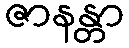
ဇာနန္တာ